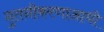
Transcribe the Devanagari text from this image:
नुतनीकरणाआधी